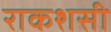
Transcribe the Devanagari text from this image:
राकशसी